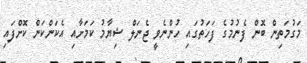
މަގުމަތިން ބޮން ފެނުމުގެ ފަހަތުގައި ހުންނެވީ ޖެނަލް ޝިޔާމު ކަމަށާއި އެކަންކަން ކޮށްފައި